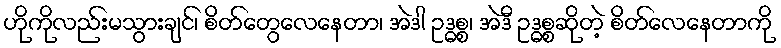
ဟိုကိုလည်းမသွားချင်၊ စိတ်တွေလေနေတာ၊ အဲဒါ ဥဒ္ဓစ္စ၊ အဲဒီ ဥဒ္ဓစ္စဆိုတဲ့ စိတ်လေနေတာကို